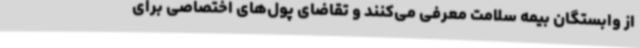
از وابستگان بیمه سلامت معرفی می‌کنند و تقاضای پول‌های اختصاصی برای